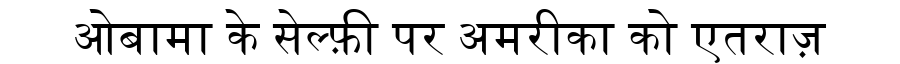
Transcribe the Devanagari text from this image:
ओबामा के सेल्फ़ी पर अमरीका को एतराज़